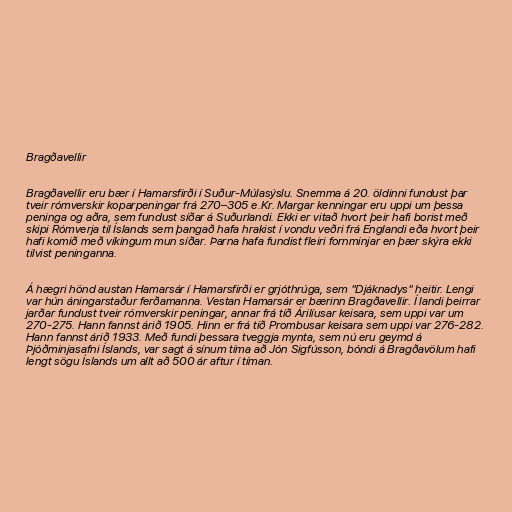
Bragðavellir

Bragðavellir eru bær í Hamarsfirði í Suður-Múlasýslu. Snemma á 20. öldinni fundust þar
tveir rómverskir koparpeningar frá 270–305 e.Kr. Margar kenningar eru uppi um þessa
peninga og aðra, sem fundust síðar á Suðurlandi. Ekki er vitað hvort þeir hafi borist með
skipi Rómverja til Íslands sem þangað hafa hrakist í vondu veðri frá Englandi eða hvort þeir
hafi komið með víkingum mun síðar. Þarna hafa fundist fleiri fornminjar en þær skýra ekki
tilvist peninganna.

Á hægri hönd austan Hamarsár í Hamarsfirði er grjóthrúga, sem "Djáknadys" heitir. Lengi
var hún áningarstaður ferðamanna. Vestan Hamarsár er bærinn Bragðavellir. Í landi þeirrar
jarðar fundust tveir rómverskir peningar, annar frá tíð Árilíusar keisara, sem uppi var um
270-275. Hann fannst árið 1905. Hinn er frá tíð Prombusar keisara sem uppi var 276-282.
Hann fannst árið 1933. Með fundi þessara tveggja mynta, sem nú eru geymd á
Þjóðminjasafni Íslands, var sagt á sínum tíma að Jón Sigfússon, bóndi á Bragðavölum hafi
lengt sögu Íslands um allt að 500 ár aftur í tíman.